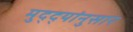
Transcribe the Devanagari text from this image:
मुद्‌द्‌यांनुसार